Annual administration report of the Bombay Presidency - 1887-1892
Year: 1887
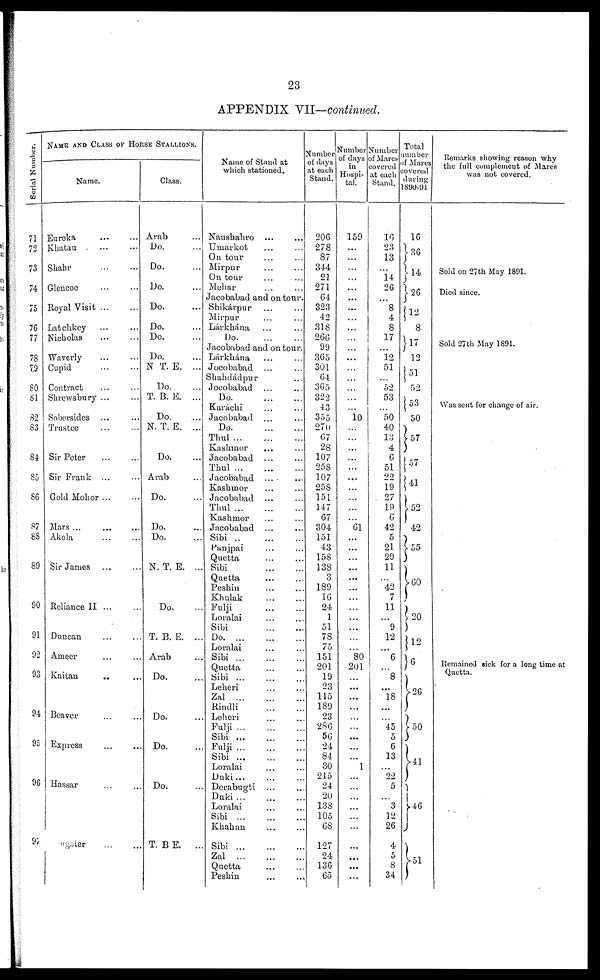
23
APPENDIX VII—continued.
Serial Number.
71
72
73
74
75
76
77
78
79
80
81
82
83
81
85
86
87
88
89
90
91
92
93
94
95
96
97
NAME AND CLASS OF HORSE STALLIONS.
Name.
Eureka ... ...
Khatau
...
...
Shahr
...
...
Glencoe .. ..
Royal Visit ... ...
Latchkey ... ...
Nicholas ... ...
Waverly ... ...
Cupid ... ..
Contract .. ...
Shrewsbury ...
Sobersides ... ...
Trustee ... ...
Sir Peter ... ...
Sir Frank ...
Gold Mohor ... ...
Mars ... ...
Akola ... ...
Sir James ... ...
Reliance II ... ...
Duncan .. ...
Ameer ... ...
Kaitan .. ...
Beaver ... ...
Express ... ...
Hassar ... ...
Register ... ...
Class.
Arab ...
Do. ...
Do. ...
Do. ...
Do. ...
Do. ...
Do. ...
Do. ...
N T. E. ...
Do.
...
T. B. E. ...
Do. ...
N. T. E. ...
Do. ...
Arab ...
Do. ...
Do. ...
Do. ...
N. T. E. ...
Do. ...
T. B. E. ...
Arab ...
Do. ...
Do. ...
Do. ...
Do. ...
T. B E. ...
Name of Stand at
which stationed.
Naushahro ... ...
Umarkot ... ...
On tour ... ...
Mirpur ... ...
On tour
...
...
Mehar ... ...
Jacobabad and on tour.
Shikárpur ... ...
Mirpur ... ...
Lárkhána ... ...
Do.
...
...
Jacobabad and on tour.
Láxkhána ... ...
Jocobabad ... ...
Shahdádpur ...
Jocobabad ... ...
Do.
...
...
Karáchi ... ...
Jacobabad ... ...
Do
..
...
Thul
...
...
Kashmor ... ...
Jacobabad ... ...
Thul
...
...
...
Jacobabad
...
...
Kashmor ... ...
Jacobabad ... ...
Thul
...
...
Kashmor ... ...
Jacobabad ... ...
Sibi
...
...
...
Panjpai ... ...
Quetta ... ...
Sibi ... ...
Quetta ... ...
Peshin ... ...
Khulak
...
...
Fulji
...
...
Loralai ... ...
Sibi ... ...
Do.
...
...
...
Loralai ... ...
Sibi ... ...
Quetta ... ...
Sibi ... ... ...
Leheri ... ...
Zal
...
...
...
Rindli
...
...
Leheri ... ...
Fulji
...
...
...
Sibi ... ... ...
Fulji ... ... ...
Sibi ... ... ...
Loralai ... ...
Duki
...
...
...
Derabugti ... ...
Duki ... ... ...
Loralai ... ...
Sibi
...
...
Khahan ... ...
Sibi
...
...
...
Zal
...
...
...
Quetta ... ...
Peshin ... ...
Number
of days
at each
Stand.
206
278
87
344
21
271
64
323
42
318
266
99
365
301
64
365
322
43
355
270
67
28
107
258
107
258
151
147
67
304
151
43
158
138
3
189
16
24
1
51
78
75
151
201
19
23
115
189
23
286
56
24
84
30
215
24
20
138
105
68
127
24
136
60
Number
of days
in
Hospi-
tal.
159
...
...
...
...
...
...
...
...
...
...
...
...
...
...
...
...
...
10
...
...
...
...
...
...
...
...
...
...
61
...
...
...
...
...
...
...
...
...
...
...
...
80
201
...
...
...
...
...
...
...
...
1
...
...
...
...
...
...
...
...
...
...
Number
of Mares
covered
at each
Stand.
16
23
13
...
14
26
...
8
4
8
17
12
51
...
52
53
...
50
40
13
4
6
51
22
19
27
19
6
42
5
21
29
11
...
42
7
11
...
9
12
...
6
...
8
...
18
...
...
45
5
6
13
...
22
5
...
3
12
26
4
5
8
34
Total
Number
of Mares
covered
during
1890-91
16
36
14
26
12
8
17
12
51
52
53
50
57
57
41
41
52
42
55
60
20
12
6
26
50
41
46
51
Remarks showing reason why
the full complement of Mares
was not covered.
Sold on 27th May 1891.
Died since.
Sold 27th May 1891.
Was sent for change of air.
Remained sick for a long time at
Quetta.